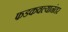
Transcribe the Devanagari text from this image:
फडकवल्यानंतर